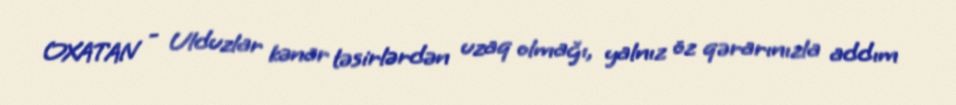
OXATAN - Ulduzlar kənar təsirlərdən uzaq olmağı, yalnız öz qərarınızla addım